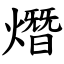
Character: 熸